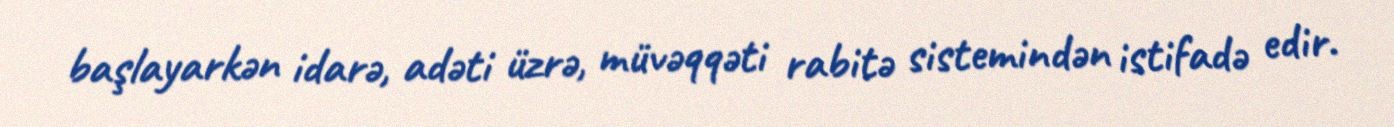
başlayarkən idarə, adəti üzrə, müvəqqəti rabitə sistemindən istifadə edir.